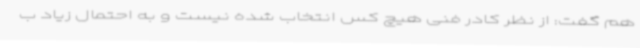
هم گفت: از نظر کادر فنی هیچ کس انتخاب شده نیست و به احتمال زیاد ب